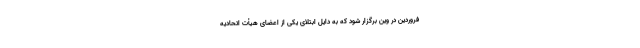
فروردین در وین برگزار شود که به دایل ابتلای یکی از اعضای هیأت اتحادیه